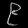
Digit: ၉